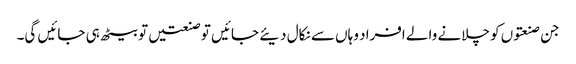
جن صنعتوں کو چلانے والے افراد وہاں سے نکال دیئے جائیں تو صنعتیں تو بیٹھ ہی جائیں گی۔